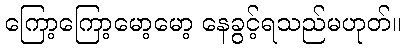
ကြော့ကြော့မော့မော့ နေခွင့်ရသည်မဟုတ်။